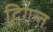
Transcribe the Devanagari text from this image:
दिगन्‍त